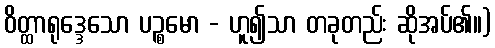
ဝိတ္ထာရုဒ္ဒေသော ပဉ္စမော - ဟူ၍သာ တခုတည်း ဆိုအပ်၏။)